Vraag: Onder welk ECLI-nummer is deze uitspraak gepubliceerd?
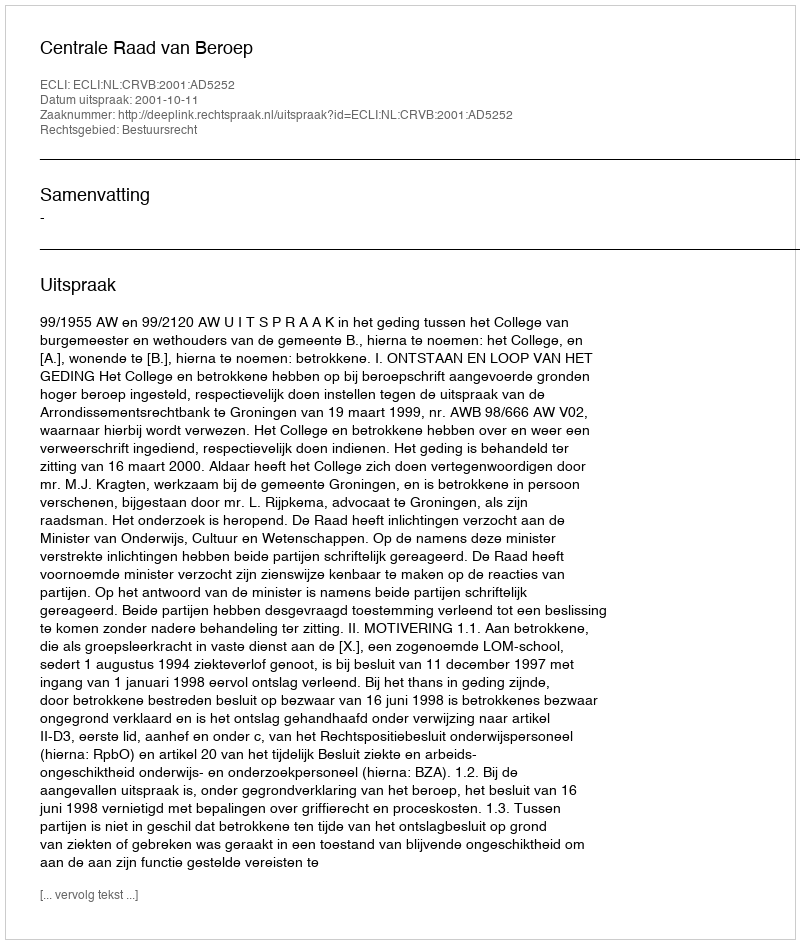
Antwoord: ECLI:NL:CRVB:2001:AD5252